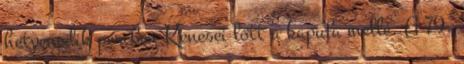
hetvenedik percben Kenesei lőtt a kapufa mellé. A 79.